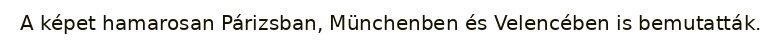
A képet hamarosan Párizsban, Münchenben és Velencében is bemutatták.